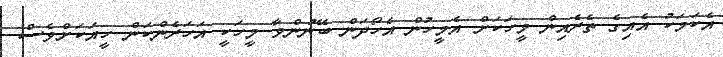
އެކަމަކު އެއިގެ ތެރެއިން މީހަކަށް އެމީހުން އެހޯދަން ބޭނުންވާ މީހަކީ އަހަރެންކަން ހީއަކަށްވެސް